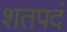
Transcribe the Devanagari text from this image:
शतपदं